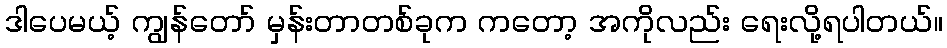
ဒါပေမယ့် ကျွန်တော် မှန်းတာတစ်ခုက ကတော့ အကိုလည်း ရေးလို့ရပါတယ်။